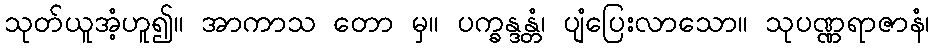
သုတ်ယူအံ့ဟူ၍။ အာကာသ တော မှ။ ပက္ခန္ဒန္တံ၊ ပျံပြေးလာသော။ သုပဏ္ဏရာဇာနံ၊